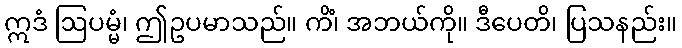
ဣဒံ ဩပမ္မံ၊ ဤဥပမာသည်။ ကိံ၊ အဘယ်ကို။ ဒီပေတိ၊ ပြသနည်း။